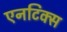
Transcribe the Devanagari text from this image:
एनटिक्स